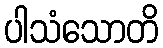
ပါသံသောတိ